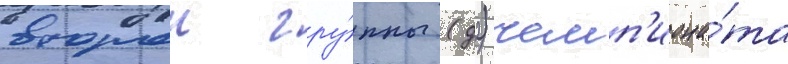
второи гру́ппы (д2) чемп'иона́та